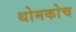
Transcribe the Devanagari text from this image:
थोमकोच